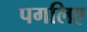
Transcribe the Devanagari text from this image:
पगलिए